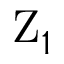
\mathrm { Z } _ { 1 }